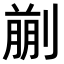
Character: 𠞳